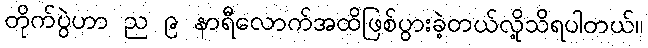
တိုက်ပွဲဟာ ည ၉ နာရီလောက်အထိဖြစ်ပွားခဲ့တယ်လို့သိရပါတယ်။